Account of plague administration in the Bombay Presidency from September 1896 till May 1897
Year: 1896
Disease focus: Plague
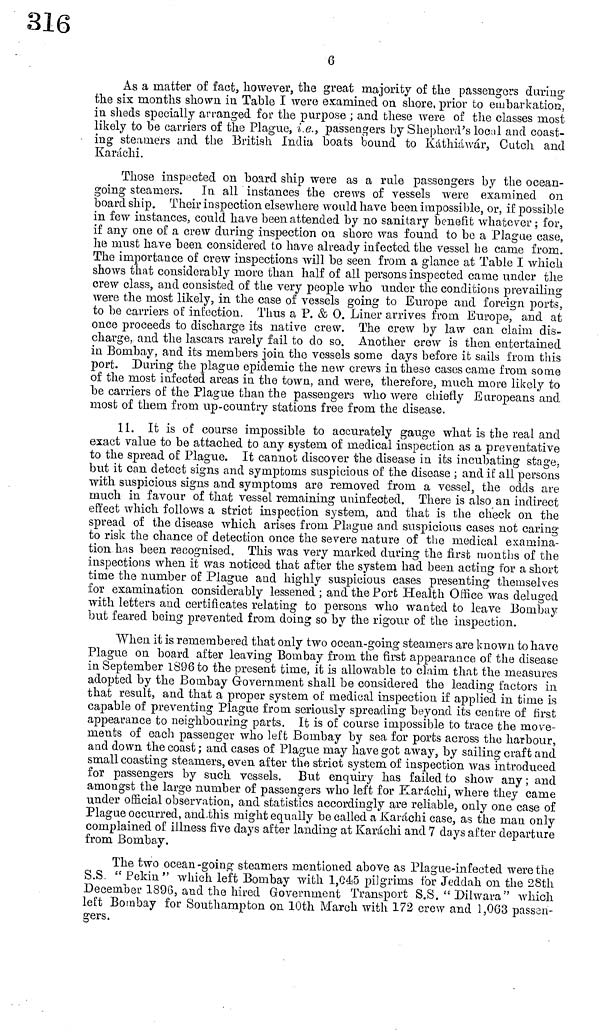
6
As a matter of fact, however, the great majority of the passengers during·
the six months shown in Table I were examined on shore, prior to embarkation,
in sheds specially arranged for the purpose ; and these were of the classes most
likely to be carriers of the Plagile, i.e., passengers by Shepherd's local and coast-
ing steamers and the British India boats bound to Káthiáwár, Cutcli and
Karachi.
Those inspected on board ship were as a rule passengers by the ocean-
going steamers. In all instances the crews of vessels were examined on
Board ship. Their inspection elsewhere would have been impossible, or, if possible
in few instances, could have been attended by no sanitary benefit whatever ; for,
if any one of a crew during inspection on shore was found to be a Plague case,
he must have been considered to have already infected the vessel be came from.
The importance of crew inspections will be seen from a glance at Table I which
shows that considerably more than half of all persons inspected came under the
crew class, and consisted of the very people who under the conditions prevailing
were the most likely, in the case of vessels going to Europe and foreign ports,
to be carriers of infection. Thus a P. & O. Liner arrives from Europe, and at
once proceeds to discharge its native crew. The crew by law can claim dis-
charge, and the lascars rarely fail to do so. Another crew is then entertained
in Bombay, and its members join the vessels some days before it sails from this
port. During the plague epidemic the new crews in these cases came from some
of the most infected areas in the town, and were, therefore, much more likely to
be carriers of the Plague than the passengers who were chiefly Europeans and
most of them from up-country stations free from the disease.
11. It is of course impossible to accurately gauge what is the real and
exact value to be attached to any system of medical inspection as a preventative
to the spread of Plague. It cannot discover the disease in its incubating stage,
but it can detect signs and symptoms suspicious of the disease ; and if all persons
with suspicious signs and symptoms are removed from a vessel, the odds are
much in favour of that vessel remaining uninfected. There is also an indirect
effect which follows a strict inspection system, and that is the check on the
spread of the disease which arises from. Plague and suspicious cases not caring
to risk the chance of detection once the severe nature of the medical examina-
tion has been recognised. This was very marked during the first months of the
inspections when it Was noticed that after the system had been acting for a short
time the number of Plague and highly suspicious cases presenting themselves
for examination considerably lessened ; and the Port Health Office was deluged
with letters and certificates relating to persons who wanted to leave Bombay
but feared being prevented from doing so by the rigour of the inspection.
"When it is remembered that only two ocean-going steamers are known to have
Plague on board after leaving Bombay from the first appearance of the disease
in September 1896 to the present time, it is allowable to claim that the measures
adopted by the Bombay Government shall be considered the leading factors in
that result, and that a proper system of medical inspection if applied in time is
capable of preventing Plague from seriously spreading beyond its centre of first
appearance to neighbouring parts. It is of course impossible to trace the move-
ments of each passenger who left Bombay by sea for ports across the harbour,
and down the coast ; and cases of Plague may have got away, by sailing craft and
small coasting steamers, even after the strict system of inspection was introduced
for passengers by such vessels. But enquiry has failed to show any ; and
amongst the large number of passengers who left for Karáchi, where they came
under official observation, and statistics accordingly are reliable, only one case of
Plague occurred, and this might equally be called a Karáchi case, as the man only
complained of illness five days after landing at Karachi and 7 days after departure
from Bombay.
The two ocean-going steamers mentioned above as Plague-infected were the
S.S. " Pekin " which left Bombay with 1,045 pilgrims for Jeddah on the 28th
December 1896, and the hired Government Transport S.S. " Dilwara" which
left Bombay for Southampton on 10th March with 172 crew and 1,003 passen-
gers.